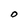
Character: O